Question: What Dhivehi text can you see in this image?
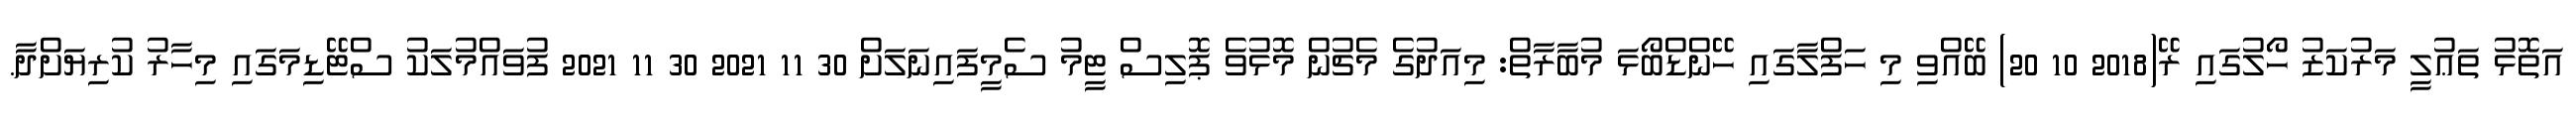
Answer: އަތޮޅު ތަޢުލީ މަރުކަޒު ހޯލުގައި ރޭ(2018 10 20) ބޭއްވި މި ހަފްލާގައި ހޭންޑްބޯޅަ މުބާރާތް: މިއަދުގެ މެޗުން މޮޅުވެ ޕޮލިސް ޓީމު ސެމީފައިނަލަށް 30 11 2021 30 11 2021 ފުވައްމުލަކު ސްޓޭޑިމަގައި މިހާރު ކުރިޔަށްދާ.